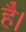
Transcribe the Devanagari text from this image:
है॑।